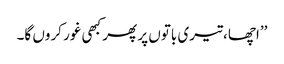
’’اچھا، تیری باتوں پر پھر کبھی غور کروں گا۔